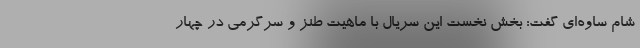
شام ساوه‌ای گفت: بخش نخست این سریال با ماهیت طنز و سرگرمی در چهار